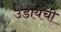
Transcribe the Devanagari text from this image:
उडायची